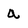
Character: a